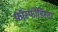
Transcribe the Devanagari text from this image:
फॉस्फोडिस्टर